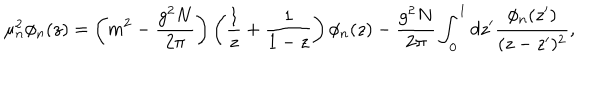
\mu _ { n } ^ { 2 } \phi _ { n } ( z ) = \left( m ^ { 2 } - \frac { g ^ { 2 } N } { 2 \pi } \right) \left( \frac { 1 } { z } + \frac { 1 } { 1 - z } \right) \phi _ { n } ( z ) - \frac { g ^ { 2 } N } { 2 \pi } \int _ { 0 } ^ { 1 } d z ^ { \prime } \frac { \phi _ { n } ( z ^ { \prime } ) } { ( z - z ^ { \prime } ) ^ { 2 } } ,